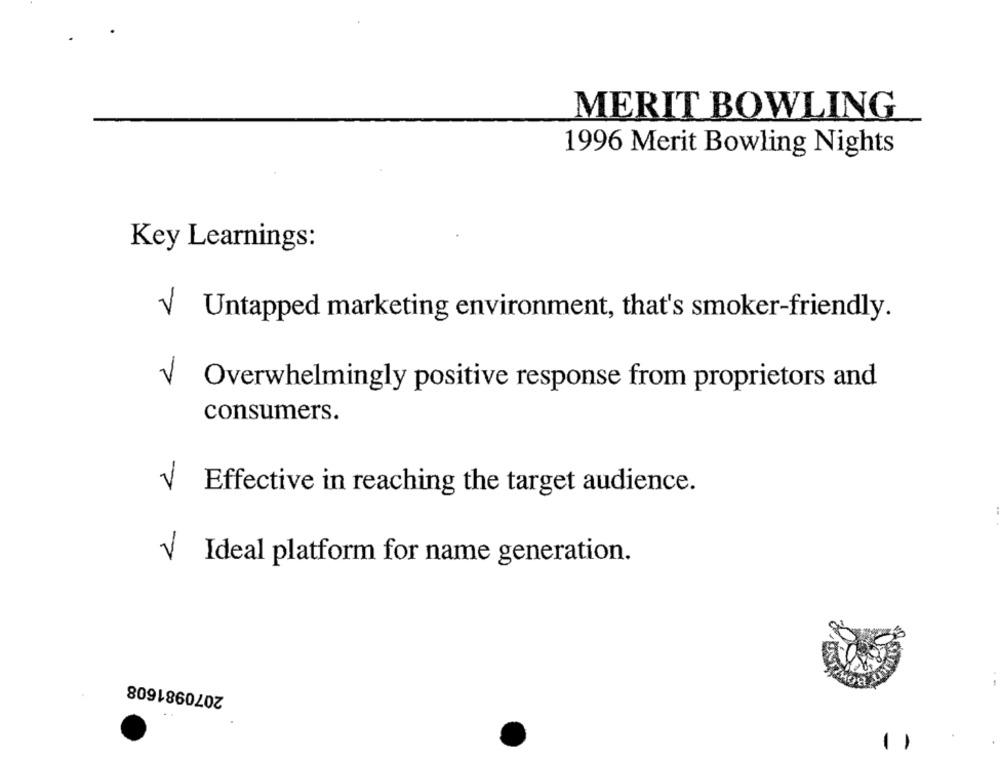
MERIT BOWLING
1996 Merit Bowling Nights
Key Learnings:
V Untapped marketing environment, that's smoker-friendly.
Overwhelmingly positive response from proprietors and
consumers.
Effective in reaching the target audience.
2
Ideal platform for name generation.
2070981608